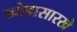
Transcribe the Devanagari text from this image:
खोडासारखे